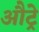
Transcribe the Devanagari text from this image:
औट्रे